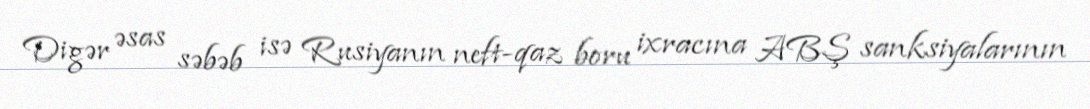
Digər əsas səbəb isə Rusiyanın neft-qaz boru ixracına ABŞ sanksiyalarının